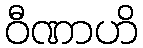
ဝီဏာဟိ